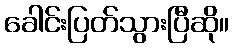
ခေါင်းပြတ်သွားပြီဆို။